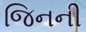
જિનની